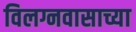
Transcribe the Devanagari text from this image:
विलग्नवासाच्या